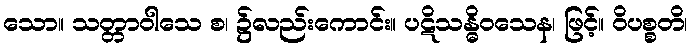
သော။ သတ္တာဝါသေ စ၊ ၌လည်းကောင်း။ ပဋိသန္ဓိဝသေန၊ ဖြင့်။ ဝိပစ္စတိ၊